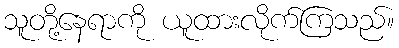
သူတို့နေရာကို ယူထားလိုက်ကြသည်။